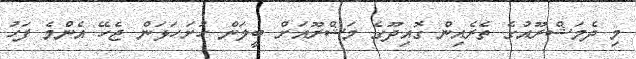
މި ދެމަޝްރޫއުގެ ތެރެއިން ގޮއިދޫގެ މަޝްރޫއަށް ބީލަން ހުށަހަޅަން ޖެހޭ އެންމެ ފަހު